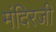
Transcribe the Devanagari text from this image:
मंदिरजी